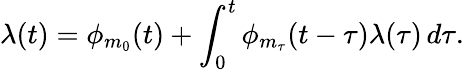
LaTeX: \lambda(t)=\phi_{m_{0}}(t)+\int_{0}^{t}\phi_{m_{\tau}}(t-\tau)\lambda(\tau)\, d\tau.